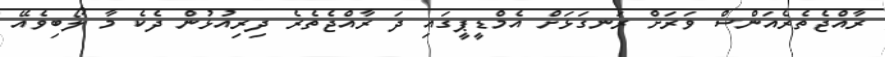
ރާއްޖެތެރެއަންސް ވަރަށް ރަނގަޅަށް އެމްޑީޕީގައި ދަ ރާއްޖެތެރެ ދިރިއުޅުން ދެކެ މާ ލޯބިވެއޭ